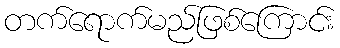
တက်ရောက်မည်ဖြစ်ကြောင်း